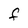
Character: F